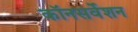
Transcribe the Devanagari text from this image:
कॉनसर्वेशन